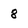
Character: 8